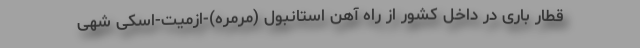
قطار باری در داخل کشور از راه آهن استانبول (مرمره)-ازمیت-اسکی شهی